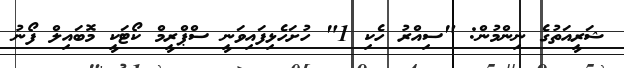
ޝަރީއަތުގެ ނިންމުން: "ސިއްރު ހެކި 1" ހުށަހެޅިފައިވަނީ ސްޕްރީމް ކޯޓަކީ މޮބައިލް ފޯނު